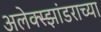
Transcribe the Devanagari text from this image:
अलेक्स्झांडराच्या